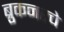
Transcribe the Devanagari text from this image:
ब्रुकनरचे